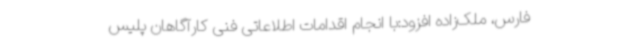
فارس، ملک‌زاده افزود:با انجام اقدامات اطلاعاتی فنی کارآگاهان پلیس